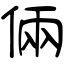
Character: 倆